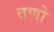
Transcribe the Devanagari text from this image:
तणो